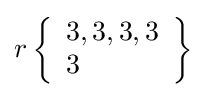
r\left\{{\begin{array}{l}3,3,3,3\\3\end{array}}\right\}